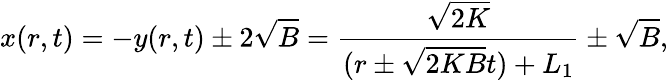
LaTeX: x(r,t)=-y(r,t)\pm 2\sqrt{B}=\frac{\sqrt{2K}}{(r\pm\sqrt{2KB}t)+L_{1}}\pm\sqrt{B},